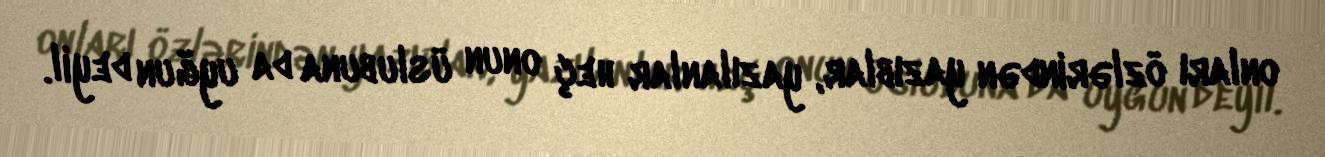
onları özlərindən yazıblar, yazılanlar heç onun üslubuna da uyğun deyil.